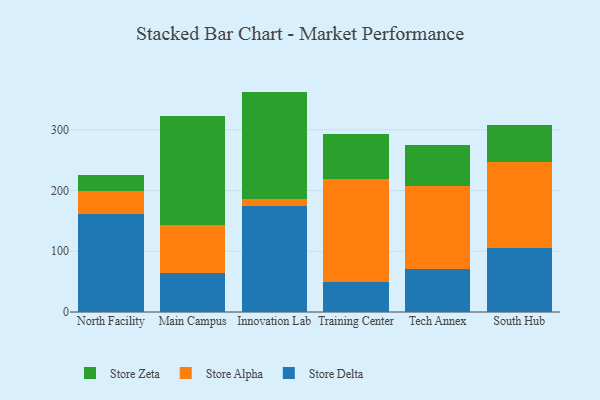
{"axis": {"x": "Campus", "y": "Customer Acquisition Cost (USD)"}, "legend": ["Store Alpha", "Store Delta", "Store Zeta"], "data": [{"x": "North Facility", "y": 160.7, "type": "Store Delta"}, {"x": "North Facility", "y": 37.7, "type": "Store Alpha"}, {"x": "North Facility", "y": 27.9, "type": "Store Zeta"}, {"x": "Main Campus", "y": 63.5, "type": "Store Delta"}, {"x": "Main Campus", "y": 79.6, "type": "Store Alpha"}, {"x": "Main Campus", "y": 179.6, "type": "Store Zeta"}, {"x": "Innovation Lab", "y": 175.1, "type": "Store Delta"}, {"x": "Innovation Lab", "y": 10.8, "type": "Store Alpha"}, {"x": "Innovation Lab", "y": 176.9, "type": "Store Zeta"}, {"x": "Training Center", "y": 48.9, "type": "Store Delta"}, {"x": "Training Center", "y": 170.5, "type": "Store Alpha"}, {"x": "Training Center", "y": 74.0, "type": "Store Zeta"}, {"x": "Tech Annex", "y": 70.0, "type": "Store Delta"}, {"x": "Tech Annex", "y": 137.1, "type": "Store Alpha"}, {"x": "Tech Annex", "y": 68.6, "type": "Store Zeta"}, {"x": "South Hub", "y": 104.7, "type": "Store Delta"}, {"x": "South Hub", "y": 141.5, "type": "Store Alpha"}, {"x": "South Hub", "y": 62.2, "type": "Store Zeta"}]}